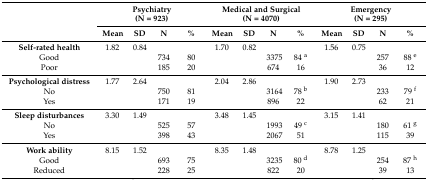
<table><thead><tr><td rowspan="2">[EMPTY_CELL]</td><td colspan="4"><b>Psychiatry (N = 923)</b></td><td colspan="4"><b>Medical and Surgical (N = 4070)</b></td><td colspan="4"><b>Emergency (N = 295)</b></td></tr><tr><td><b>Mean</b></td><td><b>SD</b></td><td><b>N</b></td><td><b>%</b></td><td><b>Mean</b></td><td><b>SD</b></td><td><b>N</b></td><td><b>%</b></td><td><b>Mean</b></td><td><b>SD</b></td><td><b>N</b></td><td><b>%</b></td></tr></thead><tbody><tr><td><b>Self-rated health</b></td><td>1.82</td><td>0.84</td><td>[EMPTY_CELL]</td><td>[EMPTY_CELL]</td><td>1.70</td><td>0.82</td><td>[EMPTY_CELL]</td><td>[EMPTY_CELL]</td><td>1.56</td><td>0.75</td><td>[EMPTY_CELL]</td><td>[EMPTY_CELL]</td></tr><tr><td>Good</td><td>[EMPTY_CELL]</td><td>[EMPTY_CELL]</td><td>734</td><td>80</td><td>[EMPTY_CELL]</td><td>[EMPTY_CELL]</td><td>3375</td><td>84 <sup>a</sup></td><td>[EMPTY_CELL]</td><td>[EMPTY_CELL]</td><td>257</td><td>88 <sup>e</sup></td></tr><tr><td>Poor</td><td>[EMPTY_CELL]</td><td>[EMPTY_CELL]</td><td>185</td><td>20</td><td>[EMPTY_CELL]</td><td>[EMPTY_CELL]</td><td>674</td><td>16</td><td>[EMPTY_CELL]</td><td>[EMPTY_CELL]</td><td>36</td><td>12</td></tr><tr><td><b>Psychological distress</b></td><td>1.77</td><td>2.64</td><td>[EMPTY_CELL]</td><td>[EMPTY_CELL]</td><td>2.04</td><td>2.86</td><td>[EMPTY_CELL]</td><td>[EMPTY_CELL]</td><td>1.90</td><td>2.73</td><td>[EMPTY_CELL]</td><td>[EMPTY_CELL]</td></tr><tr><td>No</td><td>[EMPTY_CELL]</td><td>[EMPTY_CELL]</td><td>750</td><td>81</td><td>[EMPTY_CELL]</td><td>[EMPTY_CELL]</td><td>3164</td><td>78 <sup>b</sup></td><td>[EMPTY_CELL]</td><td>[EMPTY_CELL]</td><td>233</td><td>79 <sup>f</sup></td></tr><tr><td>Yes</td><td>[EMPTY_CELL]</td><td>[EMPTY_CELL]</td><td>171</td><td>19</td><td>[EMPTY_CELL]</td><td>[EMPTY_CELL]</td><td>896</td><td>22</td><td>[EMPTY_CELL]</td><td>[EMPTY_CELL]</td><td>62</td><td>21</td></tr><tr><td><b>Sleep disturbances</b></td><td>3.30</td><td>1.49</td><td>[EMPTY_CELL]</td><td>[EMPTY_CELL]</td><td>3.48</td><td>1.45</td><td>[EMPTY_CELL]</td><td>[EMPTY_CELL]</td><td>3.15</td><td>1.41</td><td>[EMPTY_CELL]</td><td>[EMPTY_CELL]</td></tr><tr><td>No</td><td>[EMPTY_CELL]</td><td>[EMPTY_CELL]</td><td>525</td><td>57</td><td>[EMPTY_CELL]</td><td>[EMPTY_CELL]</td><td>1993</td><td>49 <sup>c</sup></td><td>[EMPTY_CELL]</td><td>[EMPTY_CELL]</td><td>180</td><td>61 <sup>g</sup></td></tr><tr><td>Yes</td><td>[EMPTY_CELL]</td><td>[EMPTY_CELL]</td><td>398</td><td>43</td><td>[EMPTY_CELL]</td><td>[EMPTY_CELL]</td><td>2067</td><td>51</td><td>[EMPTY_CELL]</td><td>[EMPTY_CELL]</td><td>115</td><td>39</td></tr><tr><td><b>Work ability</b></td><td>8.15</td><td>1.52</td><td>[EMPTY_CELL]</td><td>[EMPTY_CELL]</td><td>8.35</td><td>1.48</td><td>[EMPTY_CELL]</td><td>[EMPTY_CELL]</td><td>8.78</td><td>1.25</td><td>[EMPTY_CELL]</td><td>[EMPTY_CELL]</td></tr><tr><td>Good</td><td>[EMPTY_CELL]</td><td>[EMPTY_CELL]</td><td>693</td><td>75</td><td>[EMPTY_CELL]</td><td>[EMPTY_CELL]</td><td>3235</td><td>80 <sup>d</sup></td><td>[EMPTY_CELL]</td><td>[EMPTY_CELL]</td><td>254</td><td>87 <sup>h</sup></td></tr><tr><td>Reduced</td><td>[EMPTY_CELL]</td><td>[EMPTY_CELL]</td><td>228</td><td>25</td><td>[EMPTY_CELL]</td><td>[EMPTY_CELL]</td><td>822</td><td>20</td><td>[EMPTY_CELL]</td><td>[EMPTY_CELL]</td><td>39</td><td>13</td></tr></tbody></table>